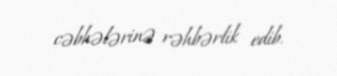
cəbhələrinə rəhbərlik edib.